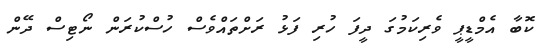
ކޮބާ އެމްޑީޕީ ވެރިކަމުގަ ދީފަ ހުރި ފަޅު ރަށްތައްވެސް ހުސްކުރަން ނޯޓިސް ދޭން